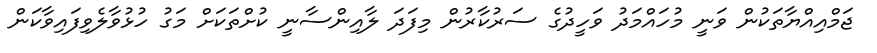
ޖަމްއިއްޔާތަކުން ވަނީ މުހައްމަދު ވަހީދުގެ ސަރުކާރުން މިފަދަ ލާއިންސާނީ ކުށްތަކަށް މަގު ހުޅުވާލެވިފައިވާކަން